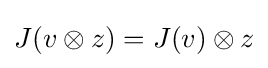
J(v\otimes z)=J(v)\otimes z